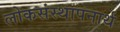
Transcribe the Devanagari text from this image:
लोकसंस्थापनार्थ